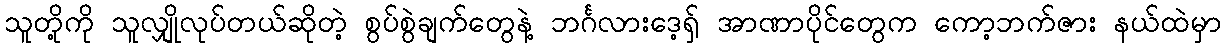
သူတို့ကို သူလျှိုလုပ်တယ်ဆိုတဲ့ စွပ်စွဲချက်တွေနဲ့ ဘင်္ဂလားဒေ့ရှ် အာဏာပိုင်တွေက ကော့ဘက်ဇား နယ်ထဲမှာ